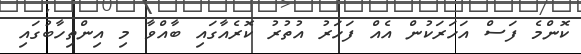
ކޮންމެ ފަސް އަހަރަކުން އެއް ފަހަރު އުތުރު ކޮރެއާގައި ބާއްވާ މި އިންތިހާބުގައި